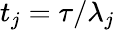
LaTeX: t_{j}=\tau/\lambda_{j}